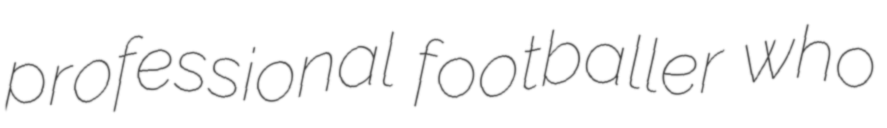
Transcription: professional footballer who